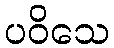
ပဝိသေ